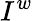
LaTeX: I^{w}